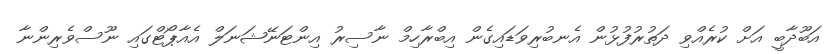
އަބޫދާބީ އަށް ކުރެއްވި ދަތުރުފުޅުން އެނބުރިވަޑައިގެން އިބްރާހިމް ނާސިރު އިންޓަނޭޝަނަލް އެއާޕޯޓްގައި ނޫސްވެރިންނާ